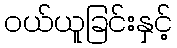
ဝယ်ယူခြင်းနှင့်